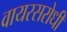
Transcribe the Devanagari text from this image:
वायरसरोधी